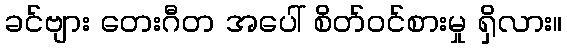
ခင်ဗျား တေးဂီတ အပေါ် စိတ်ဝင်စားမှု ရှိလား။